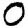
Digit: 0